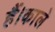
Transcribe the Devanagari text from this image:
हैं।काले